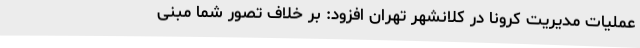
عملیات مدیریت کرونا در کلانشهر تهران افزود: بر خلاف تصور شما مبنی